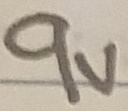
Text: 9V